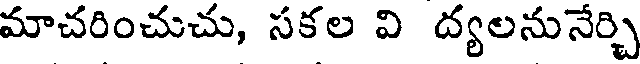
మాచరించుచు, సకల వి ద్యలనునేర్చి